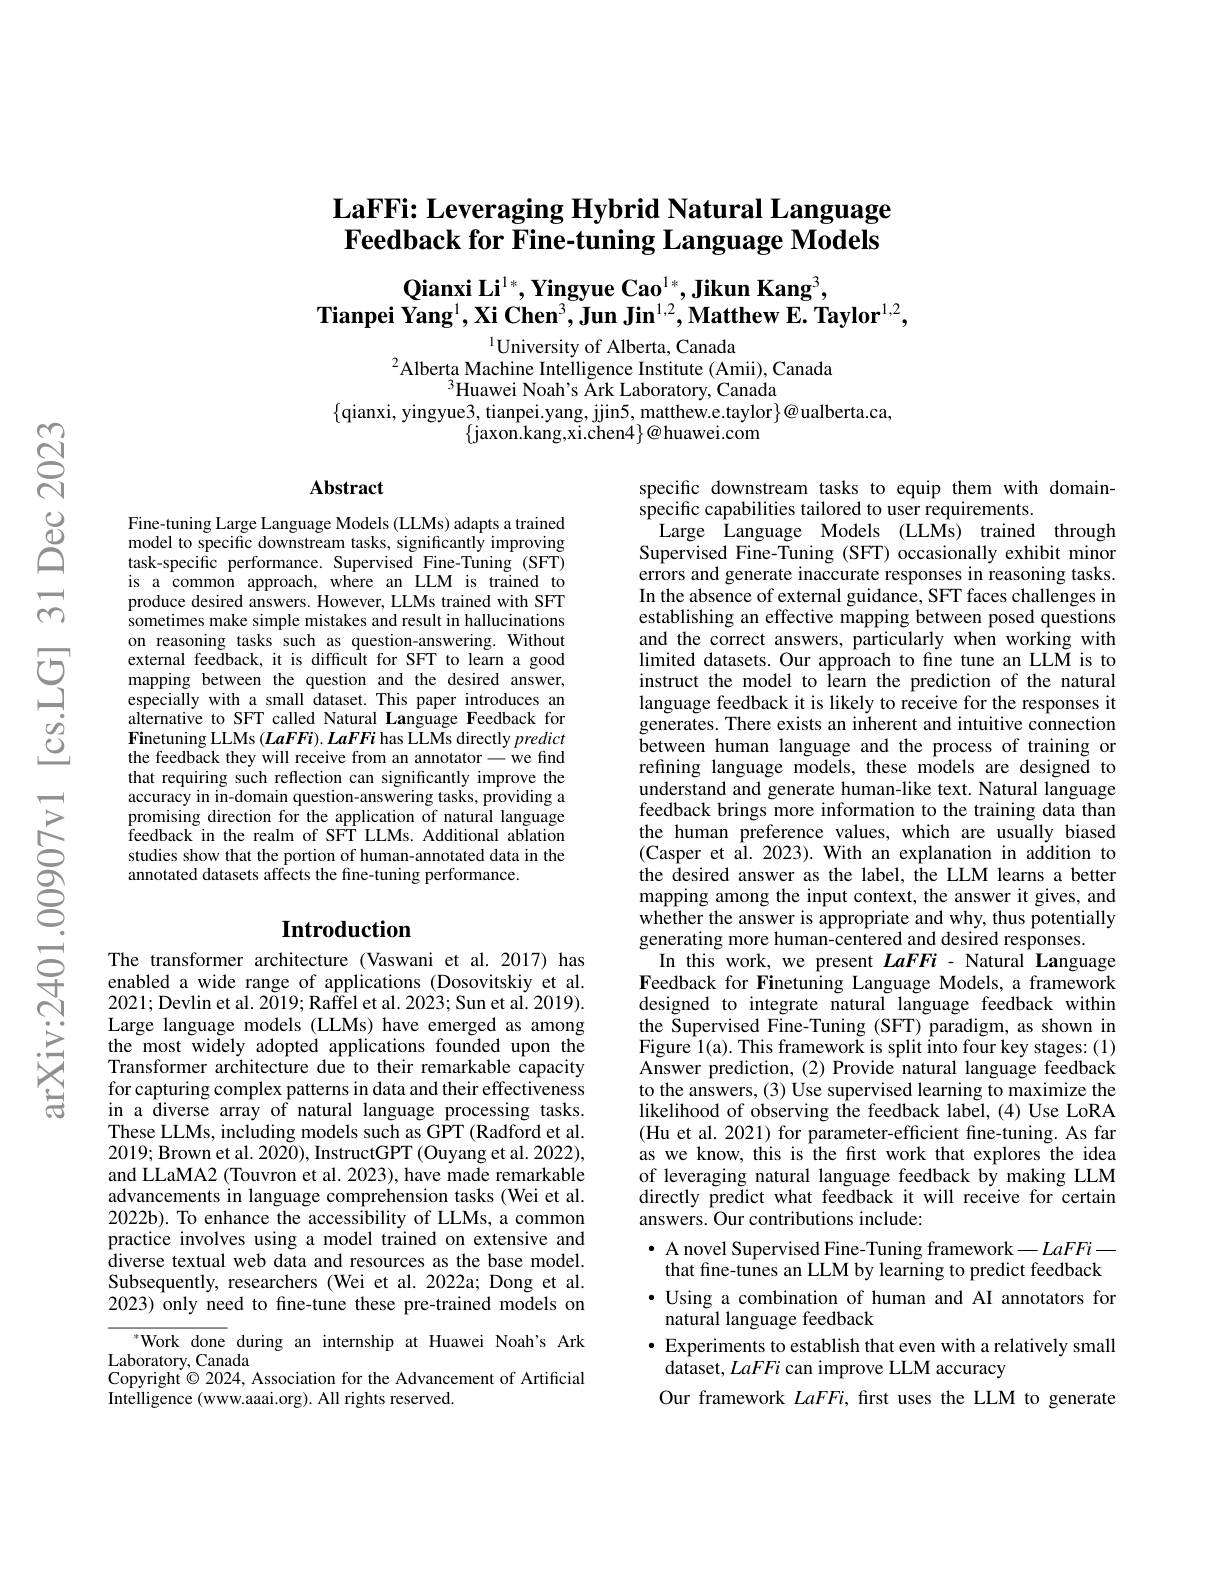
# $\textbf{LaFFi: Leveraging Hybrid Natural Language}$ Feedback for Fine-tuning Language Models

# $Q\text{ianxi Li}^{1*}$,Yingyue Cao$^1*$,Jikun Kang$^3$, $\textbf{Tianpei Yang}^1,\textbf{Xi Chen}^3,\textbf{Jun Jin}^{1,2},\textbf{Matthew E. Taylor}^{1,2}$,

$^{1}$University of Alberta, Canada
$^{2}$Alberta Machine Intelligence Institute (Amii), Canada
$^{3}$Huawei Noah's Ark Laboratory, Canada
$\{$qianxi, yingyue3, tianpei.yang, jjin5, matthew.e.taylor$\}@$ualberta.ca,
$\{$jaxon.kang,xi.chen4$\}@$huawei.com

### $\mathbf{Abstract}$

Fine-tuning Large Language Models (LLMs) adapts a trained model to specific downstream tasks, significantly improving task-specific performance. Supervised Fine-Tuning (SFT) is a common approach, where an LLM is trained to produce desired answers. However, LLMs trained with SFT sometimes make simple mistakes and result in hallucinations on reasoning tasks such as question-answering. Without external feedback, it is difficult for SFT to learn a good mapping between the question and the desired answer, especially with a small dataset. This paper introduces an alternative to SFT called Natural Language Feedback for Finetuning LLMs (LaFFi). LaFFi has LLMs directly predict the feedback they will receive from an annotator - we find that requiring such reflection can significantly improve the accuracy in in-domain question-answering tasks, providing a promising direction for the application of natural language feedback in the realm of SFT LLMs. Additional ablation studies show that the portion of human-annotated data in the annotated datasets affects the fine-tuning performance.

## Introduction

The transformer architecture (Vaswani et al.2017) has enabled a wide range of applications (Dosovitskiy et al. 2021;Devlin et al. 2$\tilde{0} 19;$Raffelet al. 2023; Sun et al. 2019). Large language models (LLMs) have emerged as among the most widely adopted applications founded upon the Transformer architecture due to their remarkable capacity for capturing complex patterns in data and their effectiveness in a diverse array of natural language processing tasks. These LLMs, including models such as GPT (Radford et al. 2019; Brown et al. 2020), InstructGPT (Ouyang et al. 2022), and LLaMA2 (Touvron et al. 2023), have made remarkable advancements in language comprehension tasks (Wei et al. 2022b). To enhance the accessibility of LLMs, a common practice involves using a model trained on extensive and diverse textual web data and resources as the base model. Subsequently, researchers (Wei et al.2022a; Dong et al. 2023) only need to fine-tune these pre-trained models on
$^*$Work done during an internship at Huawei Noah's Ark

Laboratory, Canada
Copyright $\odot2024$, Association for the Advancement of Artificial
Intelligence (www.aaai.org). All rights reserved.

specific downstream tasks to equip them with domain-
specific capabilities tailored to user requirements.
Large Language Models (LLMs) trained through Supervised Fine-Tuning (SFT) occasionally exhibit minor errors and generate inaccurate responses in reasoning tasks. In the absence of external guidance, SFT faces challenges in establishing an effective mapping between posed questions and the correct answers, particularly when working with limited datasets. Our approach to fine tune an LLM is to instruct the model to learn the prediction of the natural language feedback it is likely to receive for the responses it generates. There exists an inherent and intuitive connection between human language and the process of training or refining language models, these models are designed to understand and generate human-like text. Natural language feedback brings more information to the training data than the human preference values, which are usually biased (Casper et al. 2023). With an explanation in addition to the desired answer as the label, the LLM learns a better mapping among the input context, the answer it gives, and whether the answer is appropriate and why, thus potentially generating more human-centered and desired responses.
In this work, we present $LaFFi-$ Natural Language Feedback for Finetuning Language Models, a framework designed to integrate natural language feedback within the Supervised Fine-Tuning (SFT) paradigm, as shown in Figure 1(a). This framework is split into four key stages:(1) Answer prediction,(2) Provide natural language feedback to the answers, (3) Use supervised learning to maximize the likelihood of observing the feedback label, (4) Use LoRA (Hu et al. 2021) for parameter-efficient fine-tuning. As far as we know, this is the first work that explores the idea of leveraging natural language feedback by making LLM directly predict what feedback it will receive for certain answers. Our contributions include:
$\bullet$ A novel Supervised Fine- Tuning framework$-LaFFi-$ that fine-tunes an LLM by learning to predict feedback ·Using a combination of human and AI annotators for
natural language feedback
$\bullet$ Experiments to establish that even with a relatively small
dataset, LaFFi can improve LLM accuracy
Our framework LaFFi, first uses the LLM to generate